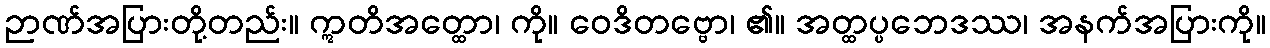
ဉာဏ်အပြားတို့တည်း။ ဣတိအတ္ထော၊ ကို။ ဝေဒိတဗ္ဗော၊ ၏။ အတ္ထပ္ပဘေဒဿ၊ အနက်အပြားကို။